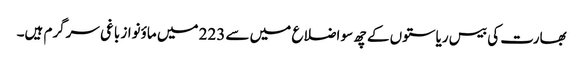
بھارت کی بیس ریاستوں کے چھ سو اضلاع میں سے 223 میں ماؤنواز باغی سرگرم ہیں۔